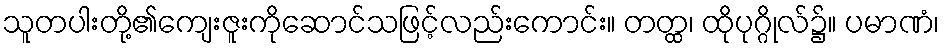
သူတပါးတို့၏ကျေးဇူးကိုဆောင်သဖြင့်လည်းကောင်း။ တတ္ထ၊ ထိုပုဂ္ဂိုလ်၌။ ပမာဏံ၊